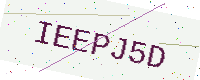
Text: IEEPJ5D